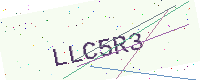
Text: LLC5R3